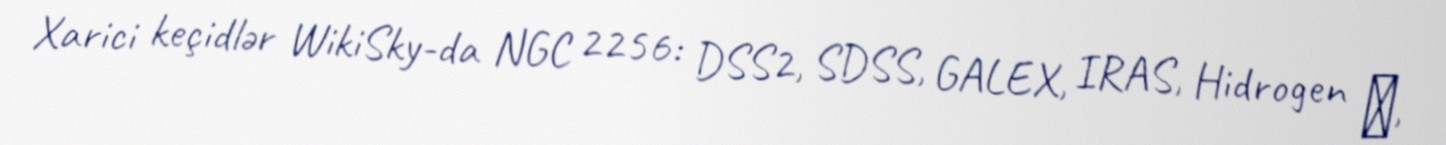
Xarici keçidlər WikiSky-da NGC 2256: DSS2, SDSS, GALEX, IRAS, Hidrogen α,